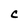
Character: c